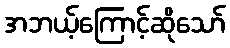
အဘယ့်ကြောင့်ဆိုသော်